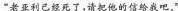
“老亚利已经死了，请把他的信给我吧。”